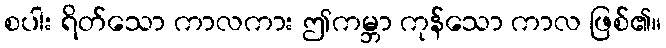
စပါး ရိတ်သော ကာလကား ဤကမ္ဘာ ကုန်သော ကာလ ဖြစ်၏။